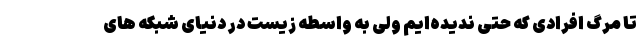
تا مرگ افرادی که حتی ندیده‌ایم ولی به واسطه زیست در دنیای شبکه های